Annual report of the Imperial Bacteriological Laboratory, Muktesar
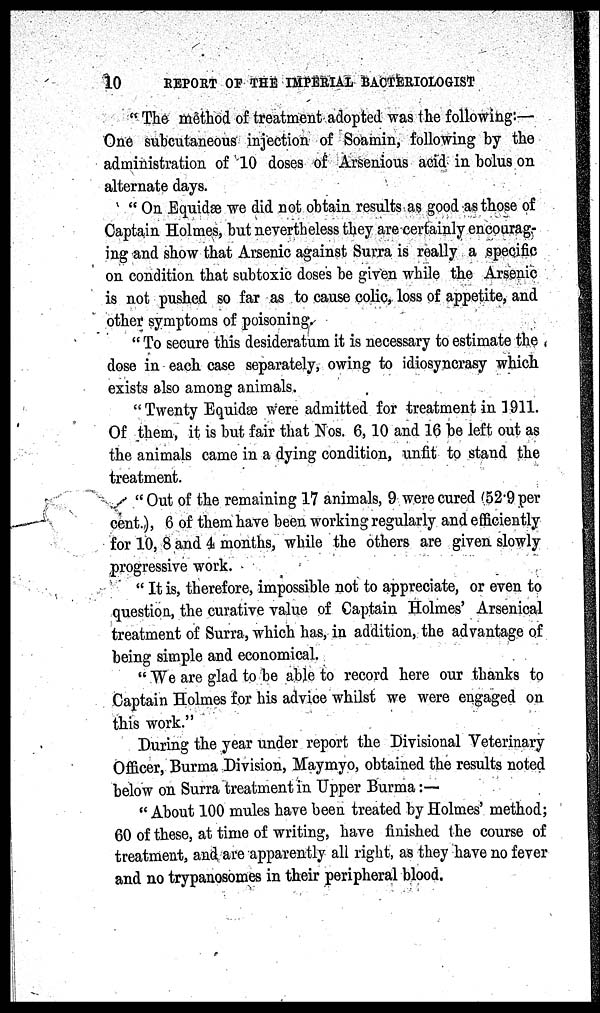
10
REPORT OF THE IMPERIAL BACTERIOLOGIST
" The method of treatment adopted was the following:—
One subcutaneous injection of Soamin, following by the
administration of 10 doses of Arsenious acid in bolus on
alternate days.
"On Equidæ we did not obtain results as good as those of
Captain Holmes, but nevertheless they are certainly encourag-
ing and show that Arsenic against Surra is really a specific
on condition that subtoxic doses be given while the Arsenic
is not pushed so far as to cause colic, loss of appetite, and
other symptoms of poisoning.
"To secure this desideratum it is necessary to estimate the
dose in each case separately, owing to idiosyncrasy which
exists also among animals.
"Twenty Equidæ were admitted for treatment in 1911.
Of them, it is but fair that Nos. 6, 10 and 16 be left out as
the animals came in a dying condition, unfit to stand the
treatment.
"Out of the remaining 17 animals, 9 were cured (52.9 per
cent.), 6 of them have been working regularly and efficiently
for 10, 8 and 4 months, while the others are given slowly
progressive work.
" It is, therefore, impossible not to appreciate, or even to
question, the curative value of Captain Holmes' Arsenical
treatment of Surra, which has, in addition, the advantage of
being simple and economical.
"We are glad to be able to record here our thanks to
Captain Holmes for his advice whilst we were engaged on
this work."
During the year under report the Divisional Veterinary
Officer, Burma Division, Maymyo, obtained the results noted
below on Surra treatment in Upper Burma:—
"About 100 mules have been treated by Holmes' method;
60 of these, at time of writing, have finished the course of
treatment, and are apparently all right, as they have no fever
and no trypanosomes in their peripheral blood.